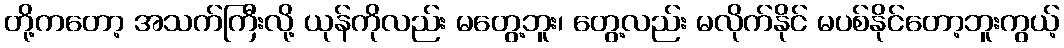
တို့ကတော့ အသက်ကြီးလို့ ယုန်ကိုလည်း မတွေ့ဘူး၊ တွေ့လည်း မလိုက်နိုင် မပစ်နိုင်တော့ဘူးကွယ့်